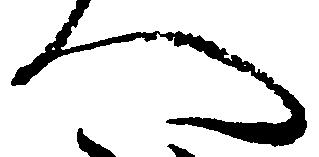
へ